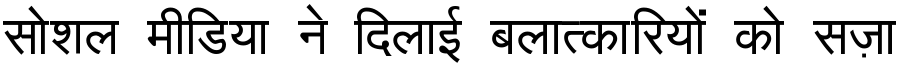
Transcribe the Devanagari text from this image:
सोशल मीडिया ने दिलाई बलात्कारियों को सज़ा